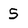
Character: S